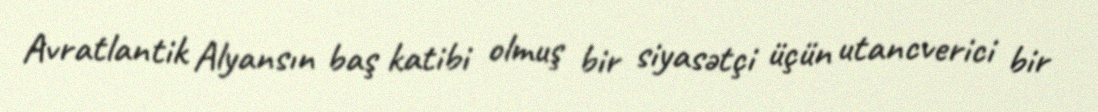
Avratlantik Alyansın baş katibi olmuş bir siyasətçi üçün utancverici bir